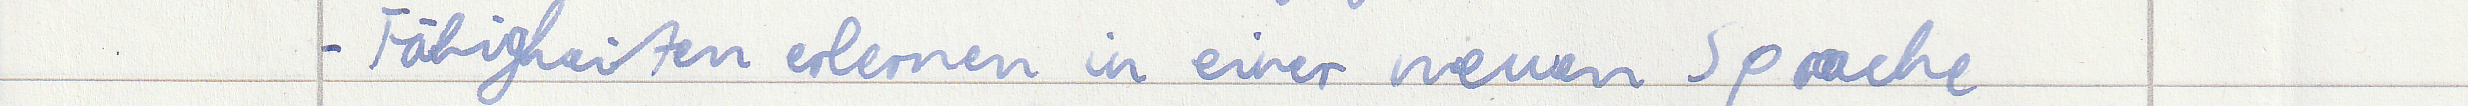
- Fähigkeiten erlernen in einer neuen Sprache